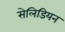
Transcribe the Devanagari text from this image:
सेलिडियन